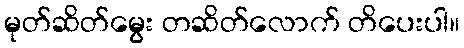
မုတ်ဆိတ်မွေး တဆိတ်လောက် တိပေးပါ။